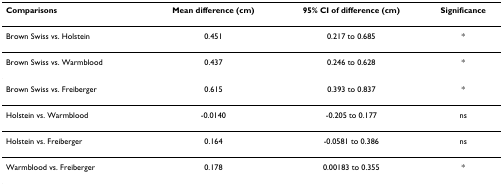
<table><thead><tr><td><b>Comparisons</b></td><td><b>Mean difference (cm)</b></td><td><b>95% CI of difference (cm)</b></td><td><b>Significance</b></td></tr></thead><tbody><tr><td>Brown Swiss vs. Holstein</td><td>0.451</td><td>0.217 to 0.685</td><td>*</td></tr><tr><td>Brown Swiss vs. Warmblood</td><td>0.437</td><td>0.246 to 0.628</td><td>*</td></tr><tr><td>Brown Swiss vs. Freiberger</td><td>0.615</td><td>0.393 to 0.837</td><td>*</td></tr><tr><td>Holstein vs. Warmblood</td><td>-0.0140</td><td>-0.205 to 0.177</td><td>ns</td></tr><tr><td>Holstein vs. Freiberger</td><td>0.164</td><td>-0.0581 to 0.386</td><td>ns</td></tr><tr><td>Warmblood vs. Freiberger</td><td>0.178</td><td>0.00183 to 0.355</td><td>*</td></tr></tbody></table>